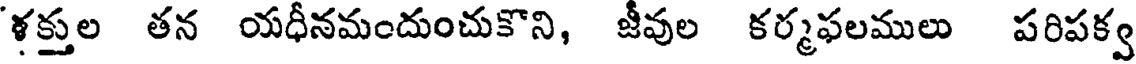
ళక్తుల తన యధీనమందుంచుకొని, జీవుల కర్మఫలములు పరిపక్వ